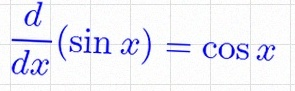
\frac{d}{dx}(\sin x)=\cos x